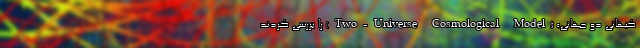
کیهانی دو جهانی» (Two-Universe Cosmological Model) را بررسی کردند